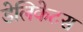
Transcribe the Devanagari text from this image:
डेलिकेटस